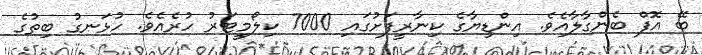
ބޭ އޮފް ބެންގާލާއެވެ. އިންޑިޔާގެ ކިނާރީފަށުގައި 7000 ކިލޯމީޓަރު ހުރެއެވެ. ހުޅަނގު ބިތުގެ